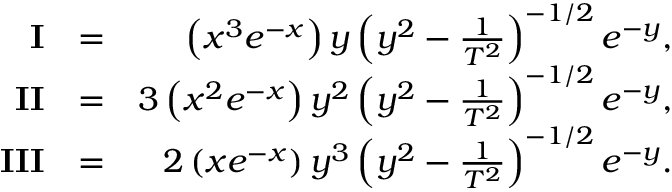
\begin{array} { r l r } { \mathbf { I } } & { = } & { \left( x ^ { 3 } e ^ { - x } \right) y \left( y ^ { 2 } - \frac { 1 } { T ^ { 2 } } \right) ^ { - 1 / 2 } e ^ { - y } , } \\ { \mathbf { I I } } & { = } & { 3 \left( x ^ { 2 } e ^ { - x } \right) y ^ { 2 } \left( y ^ { 2 } - \frac { 1 } { T ^ { 2 } } \right) ^ { - 1 / 2 } e ^ { - y } , } \\ { \mathbf { I I I } } & { = } & { 2 \left( x e ^ { - x } \right) y ^ { 3 } \left( y ^ { 2 } - \frac { 1 } { T ^ { 2 } } \right) ^ { - 1 / 2 } e ^ { - y } . } \end{array}